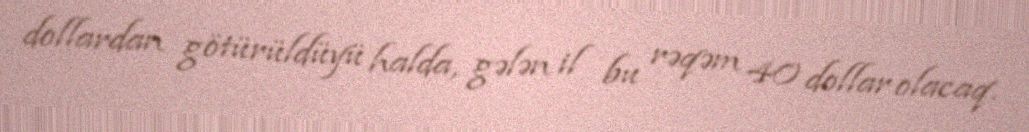
dollardan götürüldüyü halda, gələn il bu rəqəm 40 dollar olacaq.